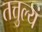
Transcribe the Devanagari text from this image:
तत्तुल्यं